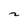
Character: 2